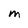
Character: M